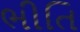
ભીતિ